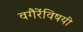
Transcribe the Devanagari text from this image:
वगैरेंविषयी